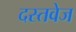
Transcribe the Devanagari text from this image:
दस्तवेज